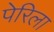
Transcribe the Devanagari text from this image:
पेरिला